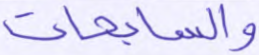
والسابحات